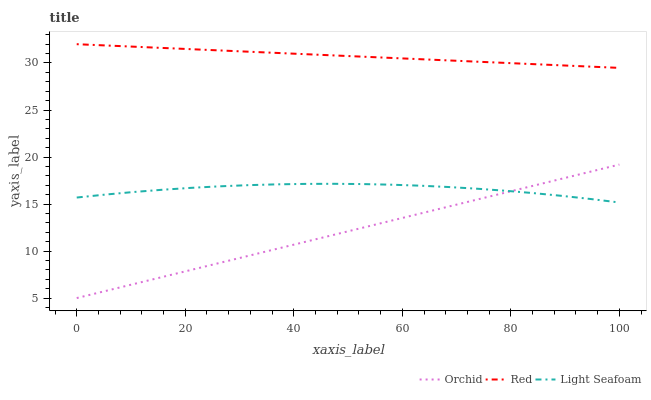
| xaxis_label | Orchid | Red | Light Seafoam |
 | --- | --- | --- | --- |
 | 0 | 5 | 32 | 15.7 |
 | 5.26 | 5.75 | 31.9 | 16 |
 | 10.5 | 6.49 | 31.7 | 16.3 |
 | 15.8 | 7.24 | 31.6 | 16.5 |
 | 21.1 | 7.99 | 31.5 | 16.7 |
 | 26.3 | 8.74 | 31.3 | 16.9 |
 | 31.6 | 9.48 | 31.2 | 17 |
 | 36.8 | 10.2 | 31.1 | 17.1 |
 | 42.1 | 11 | 30.9 | 17.1 |
 | 47.4 | 11.7 | 30.8 | 17.2 |
 | 52.6 | 12.5 | 30.7 | 17.1 |
 | 57.9 | 13.2 | 30.5 | 17.1 |
 | 63.2 | 14 | 30.4 | 17 |
 | 68.4 | 14.7 | 30.3 | 16.8 |
 | 73.7 | 15.5 | 30.1 | 16.6 |
 | 78.9 | 16.2 | 30 | 16.4 |
 | 84.2 | 17 | 29.9 | 16.2 |
 | 89.5 | 17.7 | 29.7 | 15.9 |
 | 94.7 | 18.5 | 29.6 | 15.5 |
 | 100 | 19.2 | 29.5 | 15.2 |